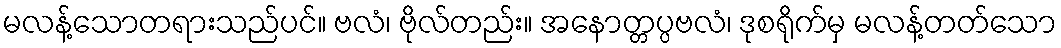
မလန့်သောတရားသည်ပင်။ ဗလံ၊ ဗိုလ်တည်း။ အနောတ္တပ္ပဗလံ၊ ဒုစရိုက်မှ မလန့်တတ်သော